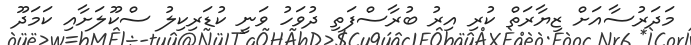
މަދަރުސާއަށް ޒިޔާރަތް ކުރި އިރު ބުރާސްފަތި ދުވަހު ވަނީ ކުޑަރިކިލު ސްކޫލަށާއި ކަމަދޫ